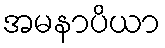
အမနာပိယာ